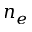
n _ { e }